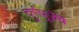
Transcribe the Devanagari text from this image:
दुर्गापूजेचे